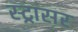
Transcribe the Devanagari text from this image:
स्ट्रासर